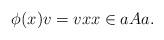
LaTeX: \begin{align*} \phi(x)v=vx x\in aAa.\end{align*}